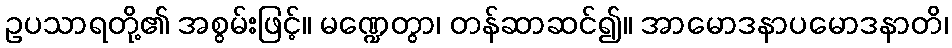
ဥပသာရတို့၏ အစွမ်းဖြင့်။ မဏ္ဍေတွာ၊ တန်ဆာဆင်၍။ အာမောဒနာပမောဒနာတိ၊